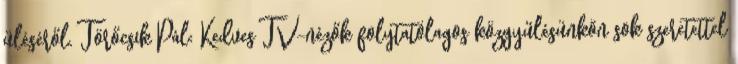
üléséről. Törőcsik Pál: Kedves TV-nézők folytatólagos közgyűlésünkön sok szeretettel